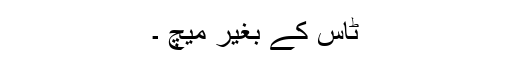
ٹاس کے بغیر میچ ۔